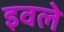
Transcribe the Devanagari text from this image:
इवले